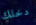
دخلك